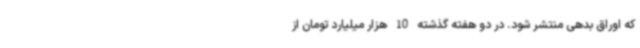
که اوراق بدهی منتشر شود. در دو هفته گذشته 10 هزار میلیارد تومان از